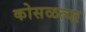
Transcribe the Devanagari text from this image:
कोसळत्या